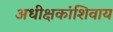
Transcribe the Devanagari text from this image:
अधीक्षकांशिवाय